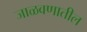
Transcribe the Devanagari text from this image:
जाळवणातील